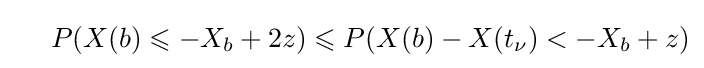
\ \ \ \ P(X(b)\leqslant -X_{b}+2z)\leqslant P(X(b)-X(t_{\nu })<-X_{b}+z)